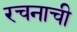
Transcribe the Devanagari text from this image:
रचनाची